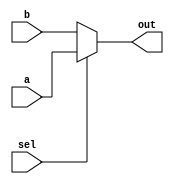
module conditional_assignment (
    input wire  sel,        // Selection signal
    input wire  [7:0] a,   // Input signal A
    input wire  [7:0] b,   // Input signal B
    output reg [7:0] out   // Output signal
);

// Always block to evaluate the condition and assign output
always @(*) begin
    // Conditional operator assignment
    out = (sel) ? a : b;   // If sel is true (1), assign a; otherwise assign b
end

endmodule